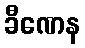
ခီဏေန